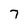
Character: 7